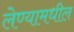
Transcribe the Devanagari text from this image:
लेण्यामधील